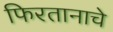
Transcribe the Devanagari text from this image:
फिरतानाचे